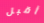
أقبل